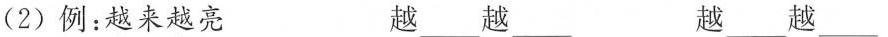
(2)例：越来越亮 越___越___ 越___越___